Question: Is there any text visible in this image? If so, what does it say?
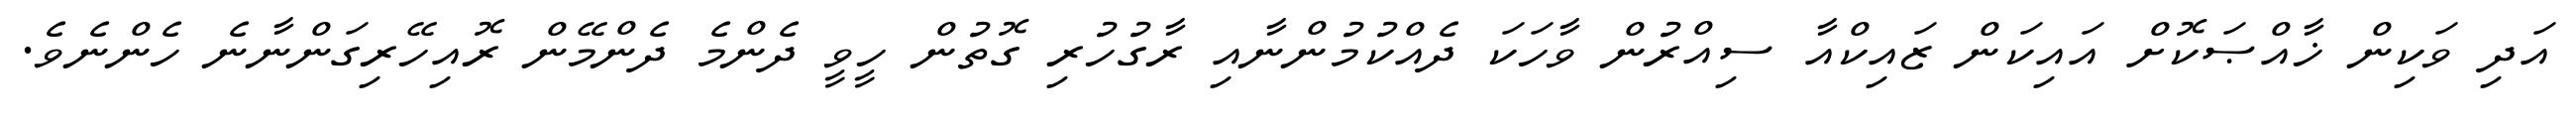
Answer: އަދި ވަކިން ޚާއްޞަކޮށް އައިކަން ޒައިކްއާ ސިއްރުން ވާހަކަ ދެއްކުމުންނާއި ރާގުހުރި ގޮތުން ހީވީ ދެންމެ ދެންމޭން ރޮއިހޭރިގަންނާނެ ހެންނެވެ.